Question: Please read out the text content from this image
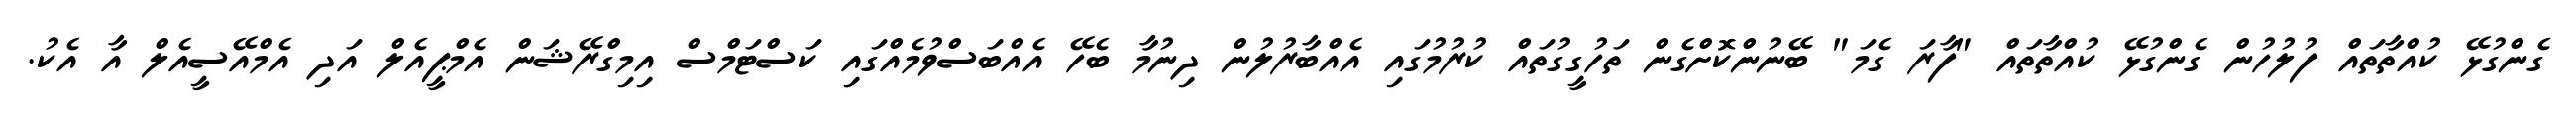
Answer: ގެންގުޅޭ ކުއްތާތައް ފުލުހުން ގެންގުޅޭ ކުއްތާތައް "ފާރަ ގެމަ" ބޭނުންކޮށްގެން ތަހުގީގުތައް ކުރުމުގައި އެއްބާރުލުން ދިނުމާ ބެހޭ އެއްބަސްވުމެއްގައި ކަސްޓަމްސް އިމިގްރޭޝަން އެމްޕީއެލް އަދި އެމްއޭސީއެލް އާ އެކު.